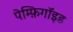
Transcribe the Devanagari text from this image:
पेम्फ़िगॉइड